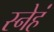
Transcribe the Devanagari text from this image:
स्नेहं